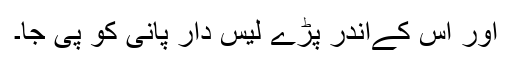
اور اس کےاندر پڑے لیس دار پانی کو پی جا۔